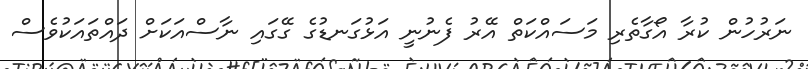
ނަރުހުން ކުރާ އޯގާތެރި މަސައްކަތް އޭރު ފެނުނީ އަޅުގަނޑުގެ ގޭގައި ނާސްއަކަށް ދައްތައަކުވެސް